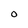
Character: 0